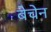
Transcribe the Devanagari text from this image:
बेचेन